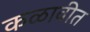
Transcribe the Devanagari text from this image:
कळावीत